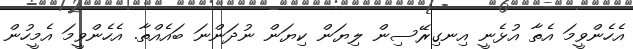
އެހެންވީމަ އެތާ އުޅެނީ އިނގިރޭސިން ލިޔަން ކިޔަން ނުދަންނަ ބައެއްތާ. އެހެންވީމަ އެމީހުން